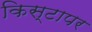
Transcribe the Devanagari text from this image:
किस्टापर